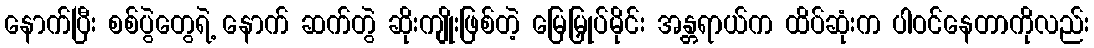
နောက်ပြီး စစ်ပွဲတွေရဲ့ နောက် ဆက်တွဲ ဆိုးကျိုးဖြစ်တဲ့ မြေမြှုပ်မိုင်း အန္တရာယ်က ထိပ်ဆုံးက ပါဝင်နေတာကိုလည်း